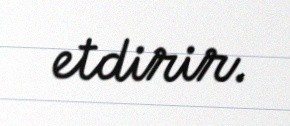
etdirir.